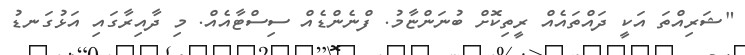
"ޝަރިއްތަ އަކީ ދައްތައެއް ރީތިކޮށް ބުނަންޏާމު. ފްނެންޑެއް ސިސްޓާއެއް. މި ދާއިރާގައި އަޅުގަނޑު